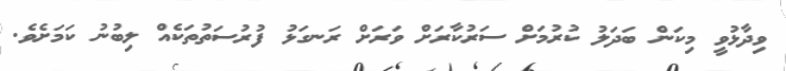
ވިދާޅުވީ މިކަން ބަދަލު ކުރުމަށް ސަރުކާރަށް ވަރަށް ރަނގަޅު ފުރުސަތުތަކެއް ލިބުނު ކަމަށެވެ.